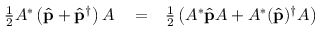
\begin{array} { r l r } { \frac { 1 } { 2 } A ^ { * } \left( \hat { { \bf p } } + \hat { { \bf p } } ^ { \dagger } \right) A } & { { } = } & { \frac { 1 } { 2 } \left( A ^ { * } \hat { { \bf p } } A + A ^ { * } ( \hat { { \bf p } } ) ^ { \dagger } A \right) } \end{array}